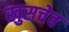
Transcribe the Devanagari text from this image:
खुसचेव